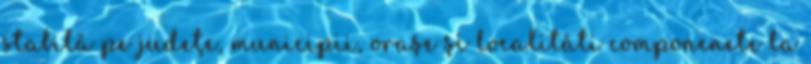
stabilă pe judeţe, municipii, oraşe şi localităti componenete la